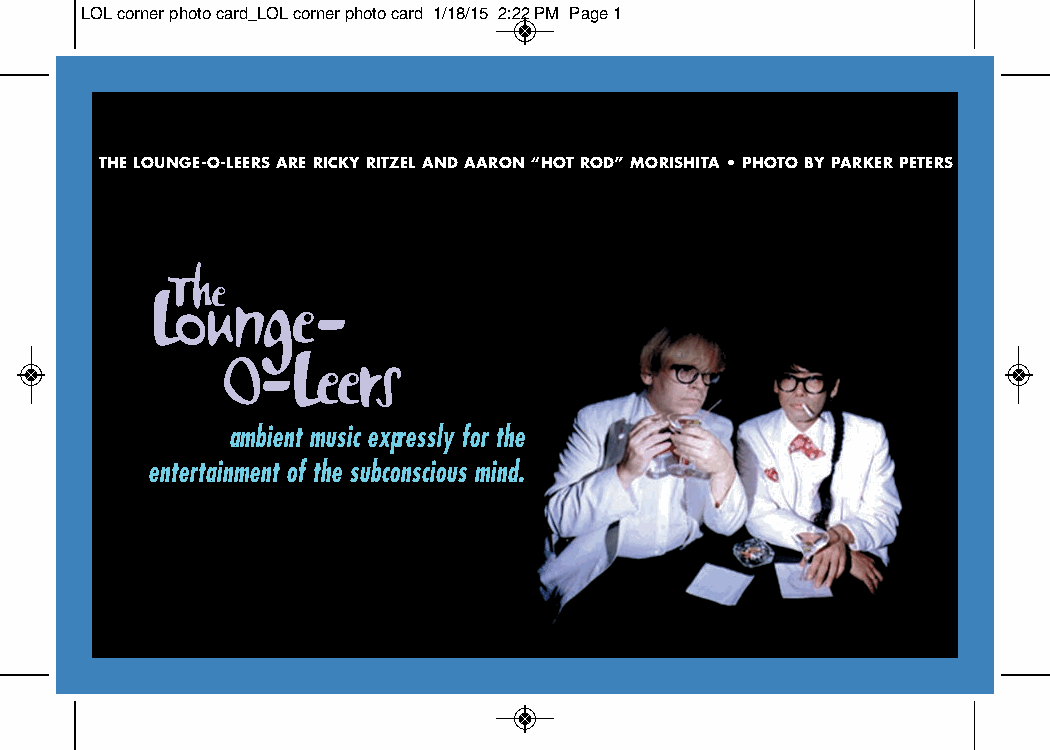
LOL corner photo card_LOL corner photo card 1/18/15 2:22 PM Page 1
 THE LOUNGE-O-LEERS ARE RICKY RITZEL AND AARON “HOT ROD” MORISHITA • PHOTO BY PARKER PETERS
 The
 Lounge-
 O-Leers
 ambient music expressly for the
 entertainment of the subconscious mind.